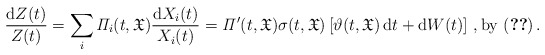
\begin{align*}\frac{\mathrm{d}Z(t)}{Z(t)}= \sum_{i} {\it \Pi}_i(t,\mathfrak{X}) \frac{\mathrm{d}X_i(t)}{X_i(t)}= {\it \Pi}'(t,\mathfrak{X})\sigma(t,\mathfrak{X}) \left[\vartheta(t,\mathfrak{X})\, \mathrm{d} t+ \mathrm{d}W(t) \right] \,,\mathrm{by}\ \eqref{eq:SDE}\,.\end{align*}